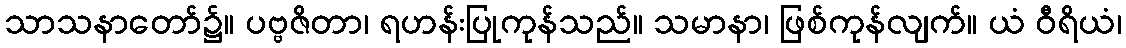
သာသနာတော်၌။ ပဗ္ဗဇိတာ၊ ရဟန်းပြုကုန်သည်။ သမာနာ၊ ဖြစ်ကုန်လျက်။ ယံ ဝီရိယံ၊